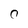
Character: 0